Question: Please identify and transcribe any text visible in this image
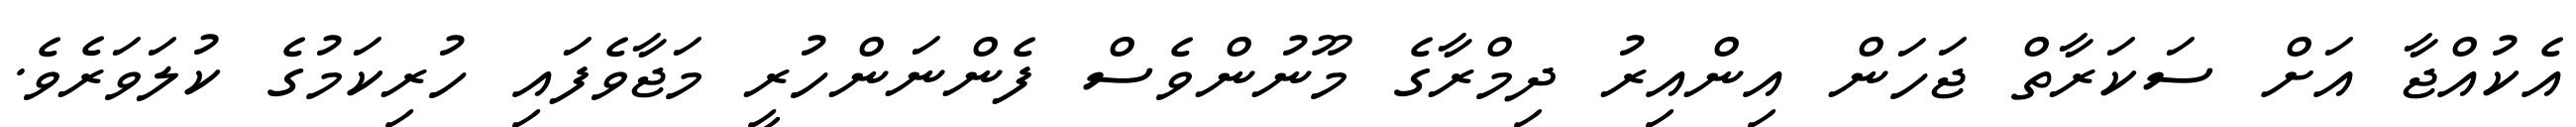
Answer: އެކުއްޖާ އަށް ސަކަރާތް ޖަހަން އިންއިރު ދިމްރާގެ މޫނުންވެސް ފެންނަންހުރީ މަޖާވެފައި ހުރިކަމުގެ ކުލަވަރެވެ.